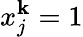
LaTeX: x_{j}^{\mathbf{k}}=1